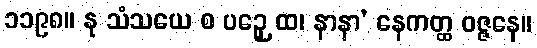
၁၁၉၈။ နု သံသယေ စ ပဉှေ ထ၊ နာနာ’ နေကတ္ထ ဝဇ္ဇနေ။